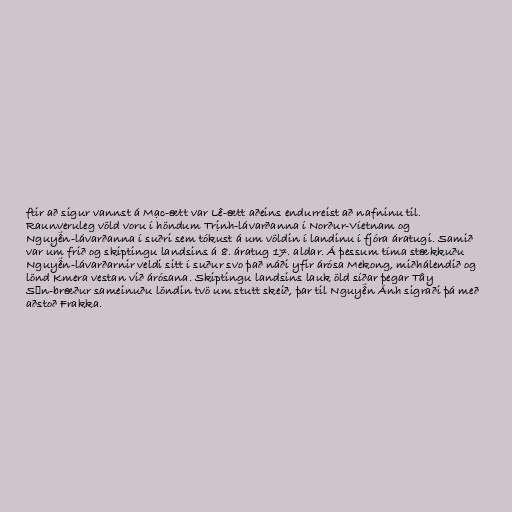
ftir að sigur vannst á Mạc-ætt var Lê-ætt aðeins endurreist að nafninu til.
Raunveruleg völd voru í höndum Trịnh-lávarðanna í Norður-Víetnam og
Nguyễn-lávarðanna í suðri sem tókust á um völdin í landinu í fjóra áratugi. Samið
var um frið og skiptingu landsins á 8. áratug 17. aldar. Á þessum tíma stækkuðu
Nguyễn-lávarðarnir veldi sitt í suður svo það náði yfir árósa Mekong, miðhálendið og
lönd Kmera vestan við árósana. Skiptingu landsins lauk öld síðar þegar Tây
Sơn-bræður sameinuðu löndin tvö um stutt skeið, þar til Nguyễn Ánh sigraði þá með
aðstoð Frakka.